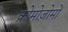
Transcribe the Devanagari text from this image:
क्रोमोज़ोमों